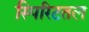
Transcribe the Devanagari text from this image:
स्पिरिटतल